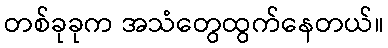
တစ်ခုခုက အသံတွေထွက်နေတယ်။